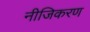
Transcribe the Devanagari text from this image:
नीजिकरण